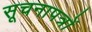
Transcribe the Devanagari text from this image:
सूचनापत्रों